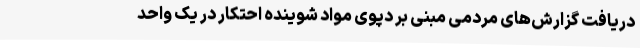
دریافت گزارش‌های مردمی مبنی بر دپوی مواد شوینده احتکار در یک واحد